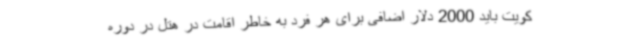
کویت باید 2000 دلار اضافی برای هر فرد به خاطر اقامت در هتل در دوره